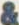
&